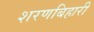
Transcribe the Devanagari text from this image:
शरणबिहारी